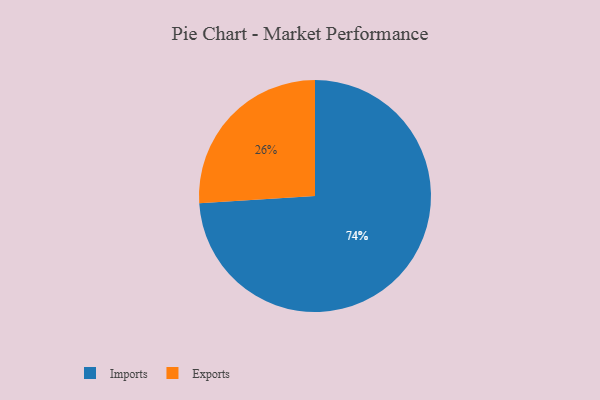
{"axis": {"x": "Category", "y": "Percentage"}, "legend": ["Exports", "Imports"], "data": [{"x": "Imports", "y": 74, "type": "Imports"}, {"x": "Exports", "y": 26, "type": "Exports"}]}